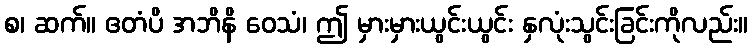
စ၊ ဆက်။ ဧတံပိ အဘိနိ ဝေသံ၊ ဤ မှားမှားယွင်းယွင်း နှလုံးသွင်းခြင်းကိုလည်း။